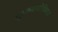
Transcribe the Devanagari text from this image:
शुल्कवाढीविरुद्ध